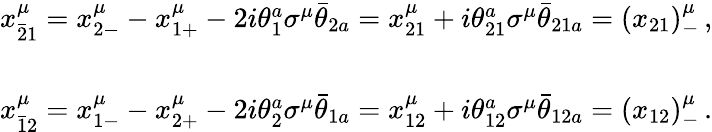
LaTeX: \begin{array}{c}{{x_{\bar{2}1}^{\mu}=x_{2-}^{\mu}-x_{1+}^{\mu}-2i\theta_{1}^{a}\sigma^{\mu}\bar{\theta}_{2a}=x_{21}^{\mu}+i\theta_{21}^{a}\sigma^{\mu}\bar{\theta}_{21a}=(x_{21})_{-}^{\mu}\, ,}}\\ {{{}}}\\ {{x_{\bar{1}2}^{\mu}=x_{1-}^{\mu}-x_{2+}^{\mu}-2i\theta_{2}^{a}\sigma^{\mu}\bar{\theta}_{1a}=x_{12}^{\mu}+i\theta_{12}^{a}\sigma^{\mu}\bar{\theta}_{12a}=(x_{12})_{-}^{\mu}\, .}}\end{array}